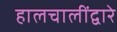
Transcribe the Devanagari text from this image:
हालचालींद्वारे